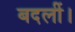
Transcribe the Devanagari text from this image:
बदलीं।